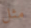
مثل